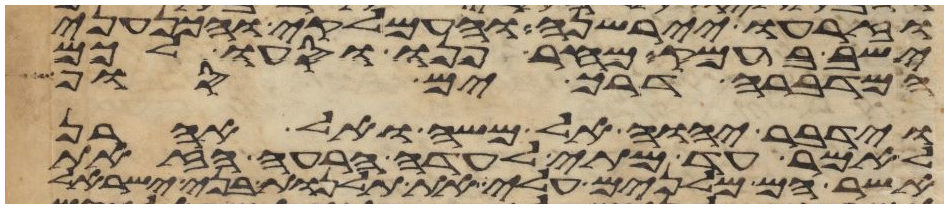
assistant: וזרעו יירשנה והעמלקי והכנעני
ישב בעמק מחר פנו וסעו לכם
המדברה דרך ים סוף
וידבר יהוה אל משה ואל אהרן
לאמר עד מתי לעדה הרעה הזאת
אשר הם מלנים עלי את תלנות בני ישראל